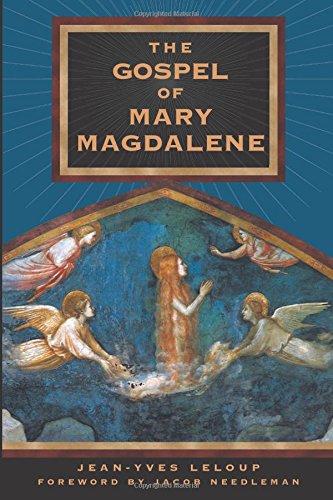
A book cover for The Gospel of Mary Magdalene; Jean-Yves Leloup; Reference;